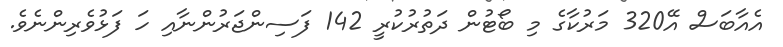
އެއާބަސް އޭ320 މަރުކާގެ މި ބޯޓުން ދަތުުރުކުރީ 142 ފަސިންޖަރުންނާއި ހަ ފަޅުވެރިންނެވެ.